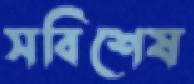
সবিশেষ